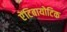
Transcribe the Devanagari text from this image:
एेंटिबायोटिक